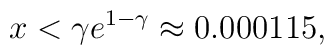
x < \gamma e^{1-\gamma} \approx 0.000115,